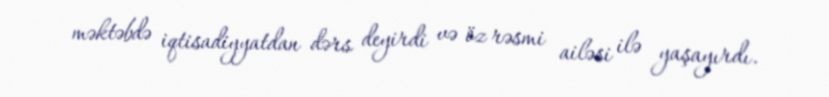
məktəbdə iqtisadiyyatdan dərs deyirdi və öz rəsmi ailəsi ilə yaşayırdı.